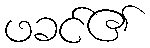
ဖခင်၏